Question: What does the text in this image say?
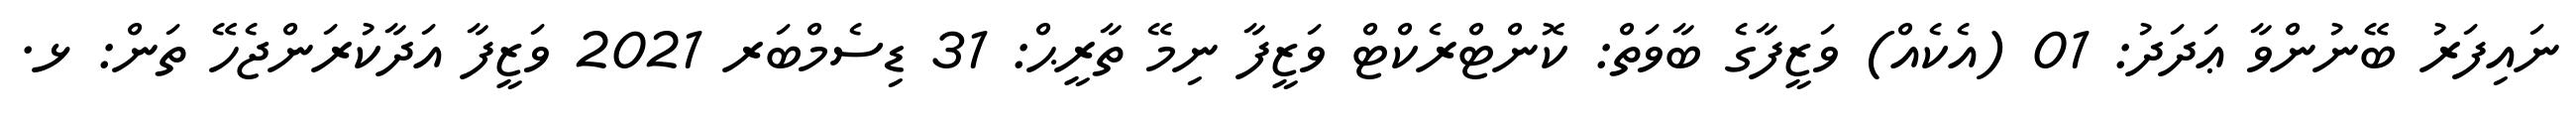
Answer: ނައިފަރު ބޭނުންވާ ޢަދަދު: 01 (އެކެއް) ވަޒީފާގެ ބާވަތް: ކޮންޓްރެކްޓް ވަޒީފާ ނިމޭ ތާރީޙް: 31 ޑިސެމްބަރ 2021 ވަޒީފާ އަދާކުރަންޖެހޭ ތަން: ޅ.